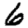
Digit: 6